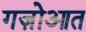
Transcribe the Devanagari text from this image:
गज़ोआत